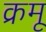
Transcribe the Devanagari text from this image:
क्रमू